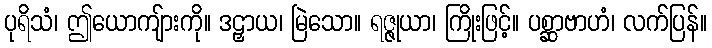
ပုရိသံ၊ ဤယောကျ်ားကို။ ဒဠှာယ၊ မြဲသော။ ရဇ္ဇုယာ၊ ကြိုးဖြင့်။ ပစ္ဆာဗာဟံ၊ လက်ပြန်။